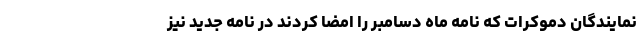
نمایندگان دموکرات که نامه ماه دسامبر را امضا کردند در نامه جدید نیز